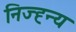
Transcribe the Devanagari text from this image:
निज्ह्न्य